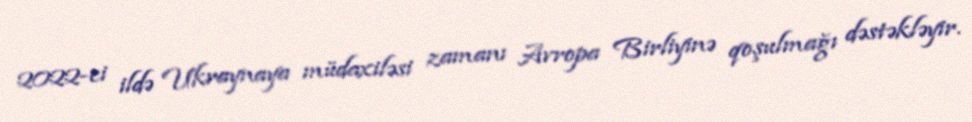
2022-ci ildə Ukraynaya müdaxiləsi zamanı Avropa Birliyinə qoşulmağı dəstəkləyir.